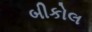
બીકોલ